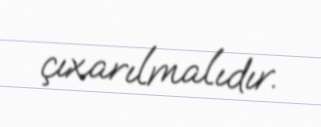
çıxarılmalıdır.